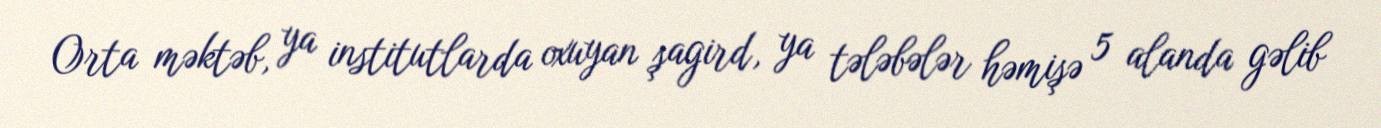
Orta məktəb, ya institutlarda oxuyan şagird, ya tələbələr həmişə 5 alanda gəlib